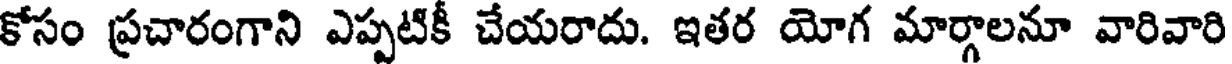
కోసం ప్రచారంగాని ఎప్పటికీ చేయరాదు. ఇతర యోగ మార్గాలనూ వారివారి